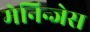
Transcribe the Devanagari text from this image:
मेनिन्जेस